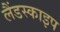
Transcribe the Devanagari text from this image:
लैंडस्काइप